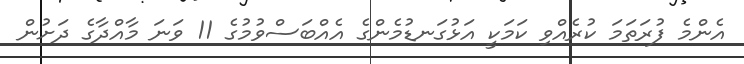
އެންމެ ފުރަތަމަ ކުރެއްވި ކަމަކީ އަޅުގަނޑުމެންގެ އެއްބަސްވުމުގެ 11 ވަނަ މާއްދާގެ ދަށުން